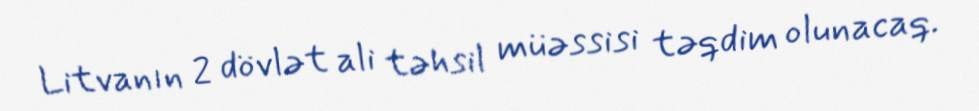
Litvanın 2 dövlət ali təhsil müəssisi təqdim olunacaq.